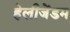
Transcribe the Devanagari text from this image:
हेलीजेंडम